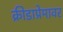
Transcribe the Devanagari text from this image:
क्रीडाप्रेमावर